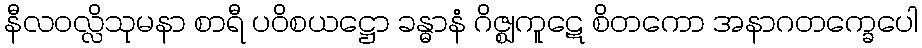
နီလဝလ္လိသုမနာ စာရီ ပဝိစယဋ္ဌော ခန္ဓာနံ ဂိဇ္ဈကူဋေ စိတကော အနာဂတက္ခေပေါ